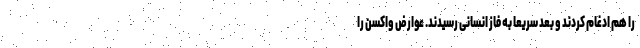
را هم ادغام کردند و بعد سریعاً به فاز انسانی رسیدند. عوارض واکسن را